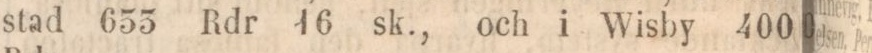
stad 655 Rdr 16 sk., och i Wisby 400